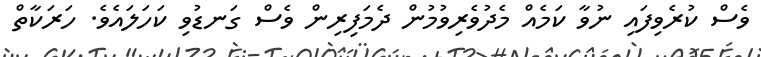
ވެސް ކުރެވިފައި ނުވާ ކަމެއް މެދުވެރިވުމުން ދެމަފިރިން ވެސް ގަނޑުވި ކަހަލައެވެ. ހަރަކާތް